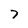
Character: 7